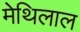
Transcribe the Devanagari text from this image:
मेथिलाल